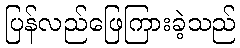
ပြန်လည်ဖြေကြားခဲ့သည်